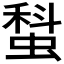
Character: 𧎗